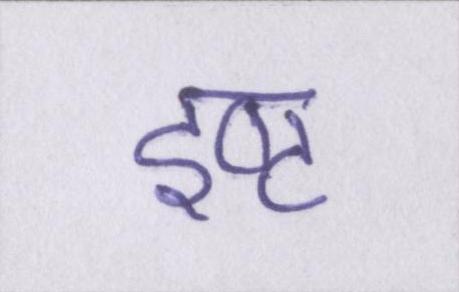
इष्ट